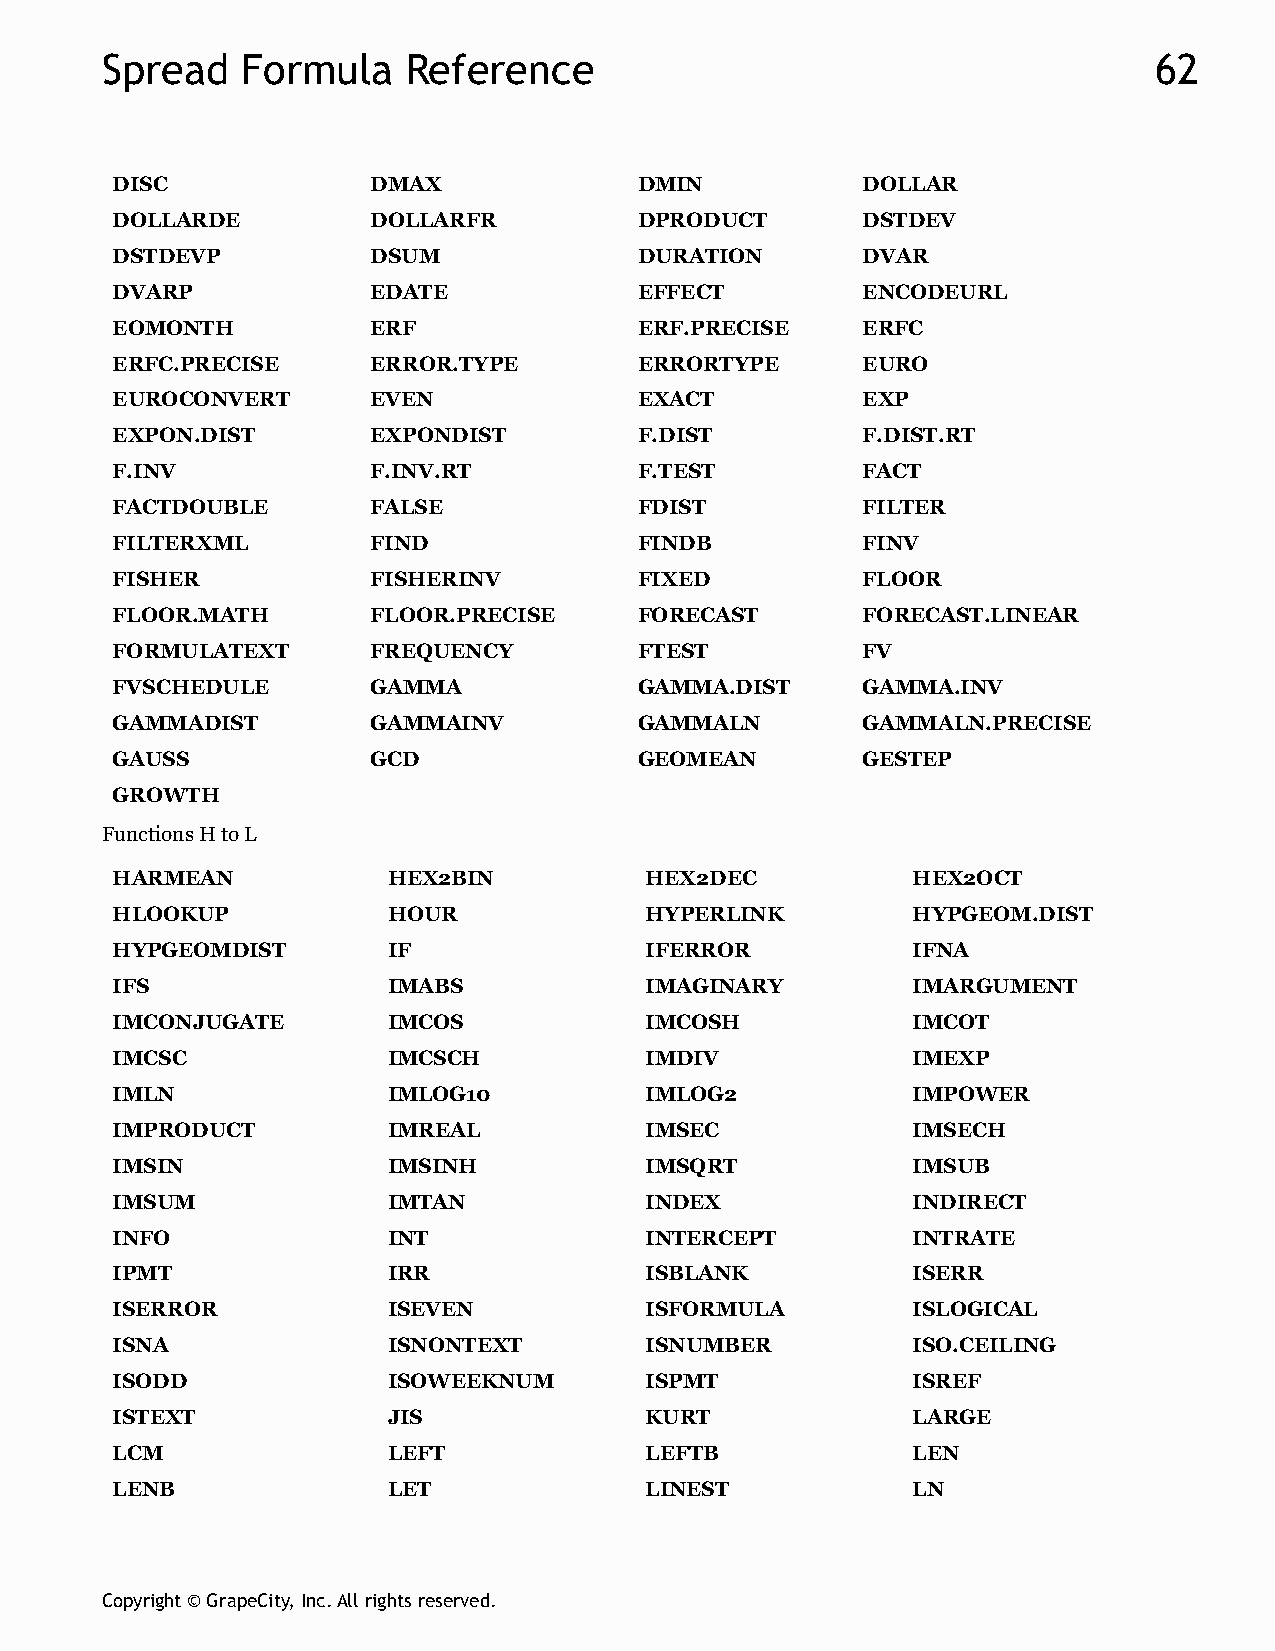
Spread   Formula    Reference                                        62
 DISC              DMAX             DMIN           DOLLAR
 DOLLARDE          DOLLARFR         DPRODUCT       DSTDEV
 DSTDEVP           DSUM             DURATION       DVAR
 DVARP             EDATE            EFFECT         ENCODEURL
 EOMONTH           ERF              ERF.PRECISE    ERFC
 ERFC.PRECISE      ERROR.TYPE       ERRORTYPE      EURO
 EUROCONVERT       EVEN             EXACT          EXP
 EXPON.DIST        EXPONDIST        F.DIST         F.DIST.RT
 F.INV             F.INV.RT         F.TEST         FACT
 FACTDOUBLE        FALSE            FDIST          FILTER
 FILTERXML         FIND             FINDB          FINV
 FISHER            FISHERINV        FIXED          FLOOR
 FLOOR.MATH        FLOOR.PRECISE    FORECAST       FORECAST.LINEAR
 FORMULATEXT       FREQUENCY        FTEST          FV
 FVSCHEDULE        GAMMA            GAMMA.DIST     GAMMA.INV
 GAMMADIST         GAMMAINV         GAMMALN        GAMMALN.PRECISE
 GAUSS             GCD              GEOMEAN        GESTEP
 GROWTH
 Functions H to L
 HARMEAN            HEX2BIN          HEX2DEC          HEX2OCT
 HLOOKUP            HOUR             HYPERLINK        HYPGEOM.DIST
 HYPGEOMDIST        IF               IFERROR          IFNA
 IFS                IMABS            IMAGINARY        IMARGUMENT
 IMCONJUGATE        IMCOS            IMCOSH           IMCOT
 IMCSC              IMCSCH           IMDIV            IMEXP
 IMLN               IMLOG10          IMLOG2           IMPOWER
 IMPRODUCT          IMREAL           IMSEC            IMSECH
 IMSIN              IMSINH           IMSQRT           IMSUB
 IMSUM              IMTAN            INDEX            INDIRECT
 INFO               INT              INTERCEPT        INTRATE
 IPMT               IRR              ISBLANK          ISERR
 ISERROR            ISEVEN           ISFORMULA        ISLOGICAL
 ISNA               ISNONTEXT        ISNUMBER         ISO.CEILING
 ISODD              ISOWEEKNUM       ISPMT            ISREF
 ISTEXT             JIS              KURT             LARGE
 LCM                LEFT             LEFTB            LEN
 LENB               LET              LINEST           LN
 Copyright © GrapeCity, Inc. All rights reserved.